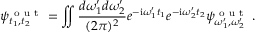
\psi _ { t _ { 1 } , t _ { 2 } } ^ { \mathrm { ~ o ~ u ~ t ~ } } = \iint \frac { d \omega _ { 1 } ^ { \prime } d \omega _ { 2 } ^ { \prime } } { ( 2 \pi ) ^ { 2 } } e ^ { - \mathrm { i } \omega _ { 1 } ^ { \prime } t _ { 1 } } e ^ { - \mathrm { i } \omega _ { 2 } ^ { \prime } t _ { 2 } } \psi _ { \omega _ { 1 } ^ { \prime } , \omega _ { 2 } ^ { \prime } } ^ { \mathrm { ~ o ~ u ~ t ~ } } \: .